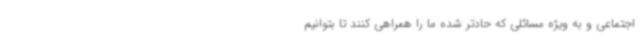
اجتماعی و به ویژه مسائلی که حادتر شده ما را همراهی کنند تا بتوانیم